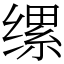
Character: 缧